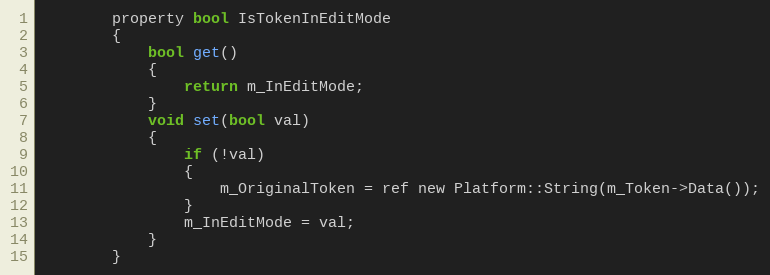
Language: C
        property bool IsTokenInEditMode
        {
            bool get()
            {
                return m_InEditMode;
            }
            void set(bool val)
            {
                if (!val)
                {
                    m_OriginalToken = ref new Platform::String(m_Token->Data());
                }
                m_InEditMode = val;
            }
        }